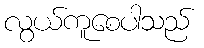
လွယ်ကူစေပါသည်